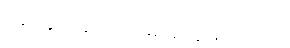
မှန်းတွက်ချက်တာမျိုးတွေ ရှိပါတယ်။